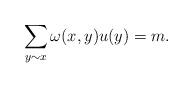
LaTeX: \begin{align*} \sum_{y\sim x}\omega(x,y)u(y) = m. \end{align*}